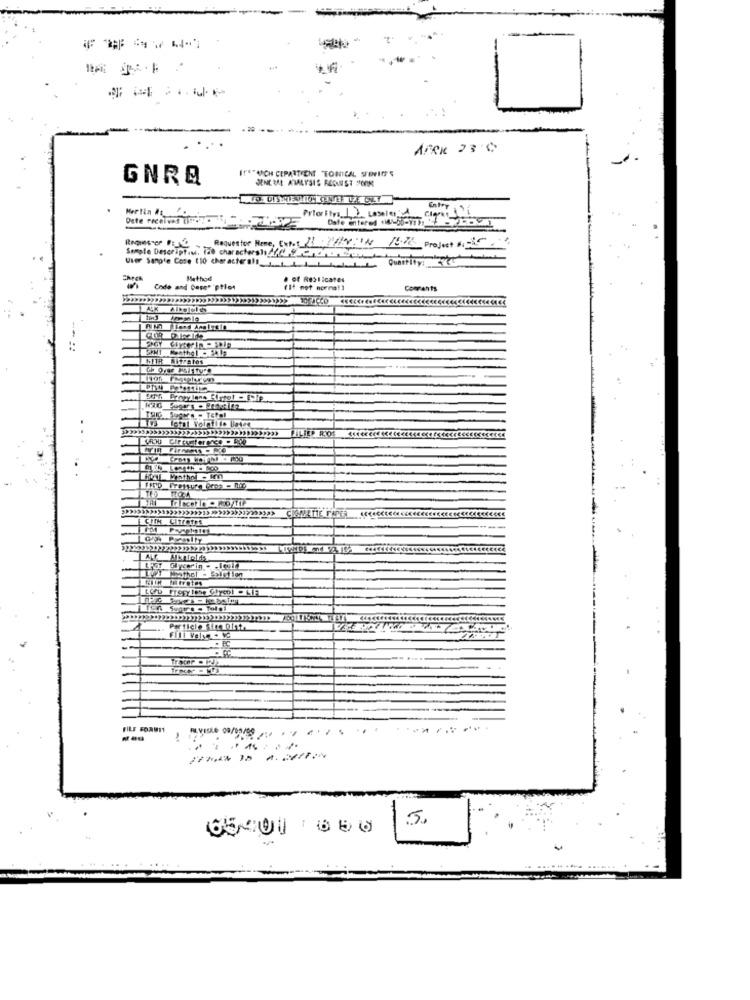
IT"*"ACH CEPARTIENE TONICAL SERVICES
GNRQ
JENEME ANALYSIS REDUNIST FORM
Prior Ity: 17 Labelen 4
Martin is
Clients
Requestor Home, Expot 21 212:38 16:76 Project :
Sample Descript ., lab charactersh //t yPorPortrait
Method
· of Reslicates
Code and Case" ptles
(11 not norma!]
Comments
Algola
..
Hal Minthol - im
CIMETTE FADER
Istrotes
Fill Valye 4 VC
FILE FORMIT
-
5.
05/200 650